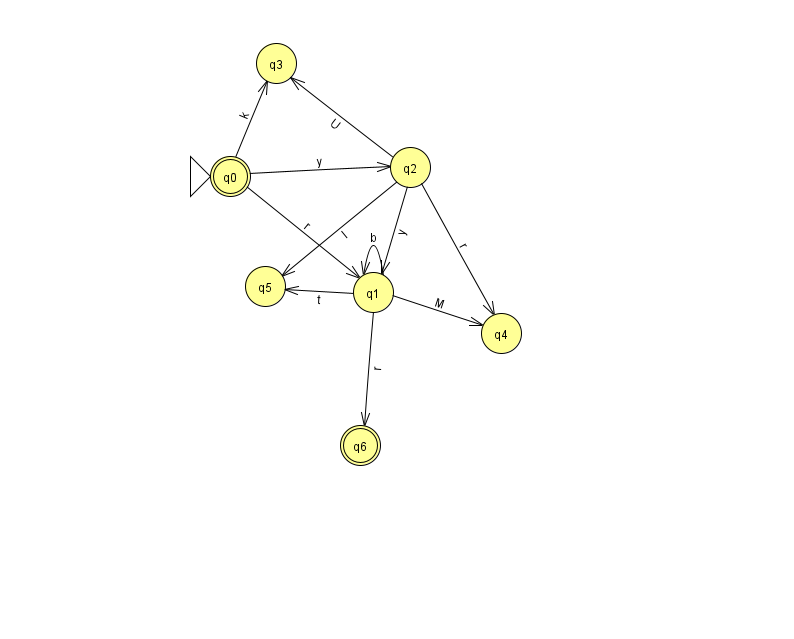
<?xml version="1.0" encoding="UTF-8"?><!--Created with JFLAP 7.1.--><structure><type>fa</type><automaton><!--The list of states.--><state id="0" name="q0"><x>230.0</x><y>163.0</y><initial/><final/></state><state id="1" name="q1"><x>373.0</x><y>279.0</y></state><state id="2" name="q2"><x>410.0</x><y>154.0</y></state><state id="3" name="q3"><x>276.0</x><y>50.0</y></state><state id="4" name="q4"><x>501.0</x><y>320.0</y></state><state id="5" name="q5"><x>265.0</x><y>273.0</y></state><state id="6" name="q6"><x>360.0</x><y>432.0</y><final/></state><!--The list of transitions.--><transition><from>2</from><to>1</to><read>y</read></transition><transition><from>1</from><to>1</to><read>b</read></transition><transition><from>2</from><to>3</to><read>U</read></transition><transition><from>0</from><to>2</to><read>y</read></transition><transition><from>2</from><to>4</to><read>r</read></transition><transition><from>0</from><to>3</to><read>k</read></transition><transition><from>0</from><to>1</to><read>r</read></transition><transition><from>1</from><to>4</to><read>M</read></transition><transition><from>1</from><to>5</to><read>t</read></transition><transition><from>1</from><to>6</to><read>r</read></transition><transition><from>2</from><to>5</to><read>l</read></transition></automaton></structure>